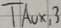
Text: TAUX,3